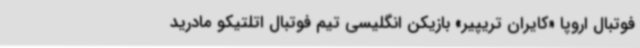
فوتبال اروپا «کایران تریپیر» بازیکن انگلیسی تیم فوتبال اتلتیکو مادرید